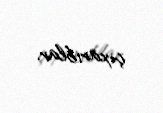
çıxarıblar.